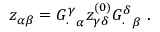
z _ { \alpha \beta } = { G _ { . } ^ { \gamma } } _ { \alpha } z _ { \gamma \delta } ^ { ( 0 ) } { G _ { . } ^ { \delta } } _ { \beta } \ .